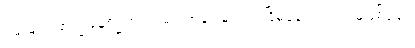
ဗမာများ ထကြွနေစဉ်တွင် ရှမ်း၊ ကချင်များက ငြိမ်နေ၍လည်း မဖြစ်ချေ။